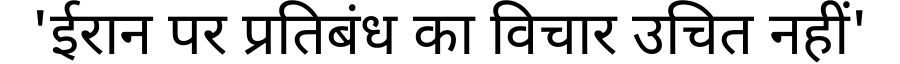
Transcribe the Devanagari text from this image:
'ईरान पर प्रतिबंध का विचार उचित नहीं'